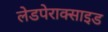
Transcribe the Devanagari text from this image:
लेडपेराक्साइड